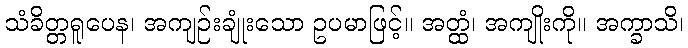
သံခိတ္တရူပေန၊ အကျဉ်းချုံးသော ဥပမာဖြင့်။ အတ္ထံ၊ အကျိုးကို။ အက္ခာသိ၊